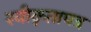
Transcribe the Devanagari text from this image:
स्वीकृतापत्र